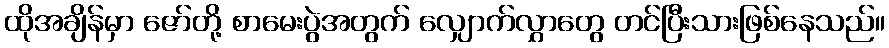
ထိုအချိန်မှာ ဇော်တို့ စာမေးပွဲအတွက် လျှောက်လွှာတွေ တင်ပြီးသားဖြစ်နေသည်။